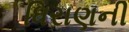
ધિરાણની